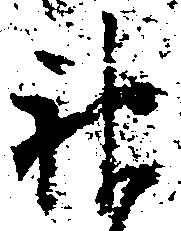
神